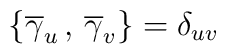
\left\{  \overline{\gamma} _u \, , \,  \overline{\gamma} _v \right\} = \delta_{uv}